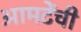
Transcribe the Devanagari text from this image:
आमटेंची